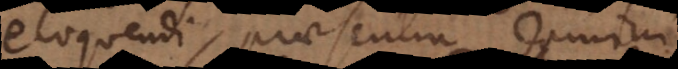
eloquendi, praesentia domini.